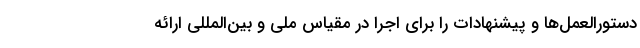
دستورالعمل‌ها و پیشنهادات را برای اجرا در مقیاس ملی و بین‌المللی ارائه